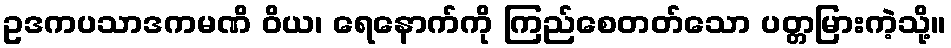
ဥဒကပသာဒကမဏိ ဝိယ၊ ရေနောက်ကို ကြည်စေတတ်သော ပတ္တမြားကဲ့သို့။